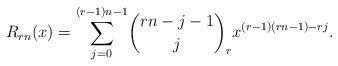
LaTeX: \begin{align*}R_{rn}(x)=\underset{j=0}{\overset{(r-1)n-1}{\sum }}\binom{rn-j-1}{j}_{r}x^{(r-1)(rn-1)-rj}. \end{align*}